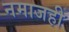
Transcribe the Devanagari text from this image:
नमाजही